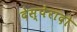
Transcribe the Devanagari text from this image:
देस्पेरादो